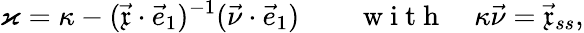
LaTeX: \varkappa=\kappa-(\vec{\mathfrak{x}}\cdot\vec{e}_{1})^{-1}(\vec{\nu}\cdot\vec{e}_{1})\qquad\mathrm{~w~i~t~h~}\quad\kappa\vec{\nu}=\vec{\mathfrak{x}}_{ss},